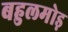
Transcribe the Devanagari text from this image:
बहुलमोड़